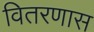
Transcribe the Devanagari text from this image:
वितरणास